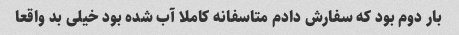
بار دوم بود که سفارش دادم متاسفانه کاملا آب شده بود خیلی بد واقعا